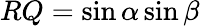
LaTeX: RQ=\sin\alpha\sin\beta